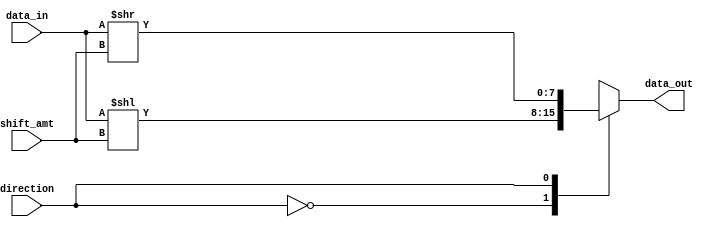
module BarrelShifter(
    input [7:0] data_in,
    input [2:0] shift_amt,
    input direction,
    output reg [7:0] data_out
);

always @ (data_in, shift_amt, direction)
begin
    case (direction)
        0: data_out = data_in << shift_amt; // logical shift left
        1: data_out = data_in >> shift_amt; // logical shift right
        2: data_out = data_in >>> shift_amt; // arithmetic shift right
        3: data_out = data_in <<< shift_amt; // arithmetic shift left
        default: data_out = data_in; // no shift
    endcase
end

endmodule